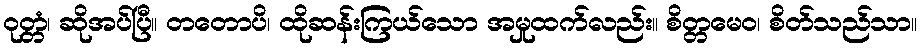
ဝုတ္တံ၊ ဆိုအပ်ပြီ။ တတောပိ၊ ထိုဆန်းကြယ်သော အမှုထက်လည်း။ စိတ္တမေဝ၊ စိတ်သည်သာ။